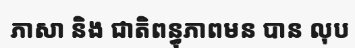
ភាសា និង ជាតិពន្ធុភាពមន បាន លុប